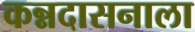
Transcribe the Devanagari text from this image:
कन्नदासनाला